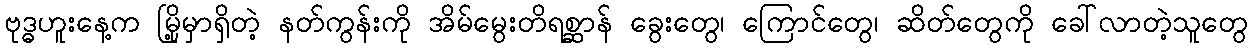
ဗုဒ္ဓဟူးနေ့က မြို့မှာရှိတဲ့ နတ်ကွန်းကို အိမ်မွေးတိရစ္ဆာန် ခွေးတွေ၊ ကြောင်တွေ၊ ဆိတ်တွေကို ခေါ်လာတဲ့သူတွေ